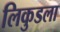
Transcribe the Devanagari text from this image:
लिकुडला